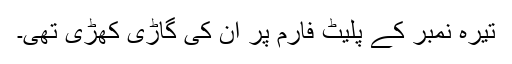
تیرہ نمبر کے پلیٹ فارم پر ان کی گاڑی کھڑی تھی۔